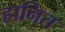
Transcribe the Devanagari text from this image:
हानित